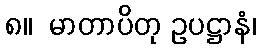
၈။  မာတာပိတု ဥပဋ္ဌာနံ၊